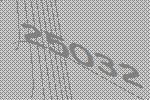
25032